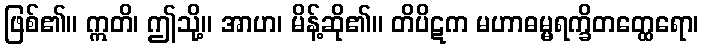
ဖြစ်၏။ ဣတိ၊ ဤသို့။ အာဟ၊ မိန့်ဆို၏။ တိပိဋက မဟာဓမ္မရက္ခိတတ္ထေရော၊